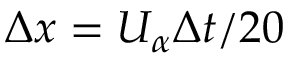
\Delta x = U _ { \alpha } \Delta t / 2 0